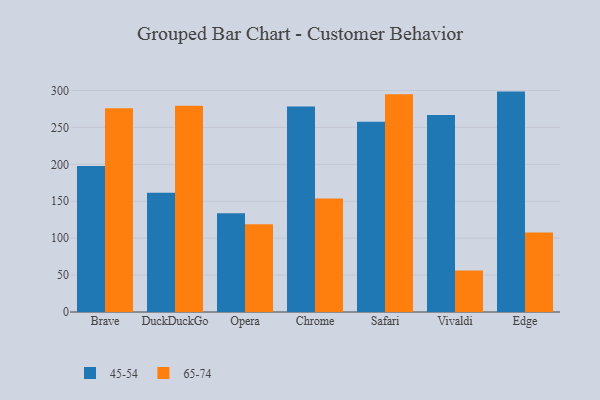
{"axis": {"x": "Browser", "y": "Backlog"}, "legend": ["45-54", "65-74"], "data": [{"x": "Brave", "y": 197.9, "type": "45-54"}, {"x": "Brave", "y": 275.9, "type": "65-74"}, {"x": "DuckDuckGo", "y": 161.6, "type": "45-54"}, {"x": "DuckDuckGo", "y": 279.3, "type": "65-74"}, {"x": "Opera", "y": 133.9, "type": "45-54"}, {"x": "Opera", "y": 118.8, "type": "65-74"}, {"x": "Chrome", "y": 278.4, "type": "45-54"}, {"x": "Chrome", "y": 153.7, "type": "65-74"}, {"x": "Safari", "y": 257.5, "type": "45-54"}, {"x": "Safari", "y": 295.0, "type": "65-74"}, {"x": "Vivaldi", "y": 266.7, "type": "45-54"}, {"x": "Vivaldi", "y": 56.3, "type": "65-74"}, {"x": "Edge", "y": 298.5, "type": "45-54"}, {"x": "Edge", "y": 107.6, "type": "65-74"}]}